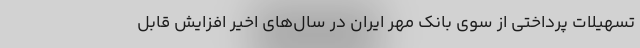
تسهیلات پرداختی از سوی بانک مهر ایران در سال‌های اخیر افزایش قابل